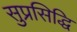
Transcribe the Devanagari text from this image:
सुप्रसिद्धि